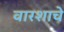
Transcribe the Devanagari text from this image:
वारशाचे